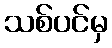
သစ်ပင်မှ